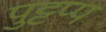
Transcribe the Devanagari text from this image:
पुट्टप्प